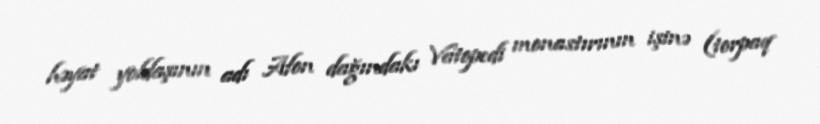
həyat yoldaşının adı Afon dağındakı Vatopedi monastırının işinə (torpaq